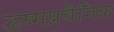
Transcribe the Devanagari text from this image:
ऊष्मप्रवैगिक